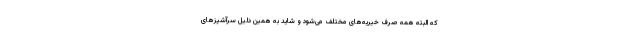
که البته همه صرف خیریه‌های مختلف می‌شود و شاید به همین دلیل سرآشپز‌های